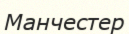
Манчестер